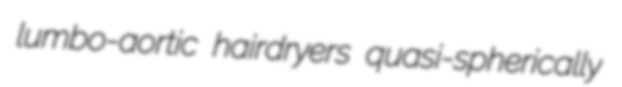
lumbo-aortic hairdryers quasi-spherically